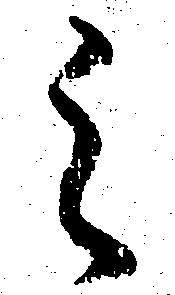
之